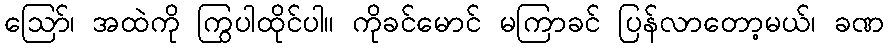
ဩော်၊ အထဲကို ကြွပါထိုင်ပါ။ ကိုခင်မောင် မကြာခင် ပြန်လာတော့မယ်၊ ခဏ